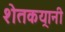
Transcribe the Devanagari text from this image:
शेतकय्रानी